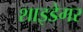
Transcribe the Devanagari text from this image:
शाइडेगर